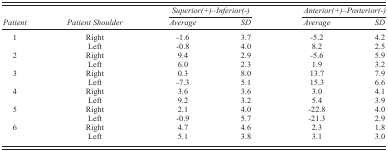
<table><thead><tr><td></td><td></td><td colspan="2"><b><i>Superior(+)–Inferior(‐)</i></b></td><td colspan="2"><b><i>Anterior(+)–Posterior(‐)</i></b></td></tr><tr><td><b><i>Patient</i></b></td><td><b><i>Patient Shoulder</i></b></td><td><b><i>Average</i></b></td><td><b><i>SD</i></b></td><td><b><i>Average</i></b></td><td><b><i>SD</i></b></td></tr></thead><tbody><tr><td>1</td><td>Right</td><td>‐1.6</td><td>3.7</td><td>‐5.2</td><td>4.2</td></tr><tr><td></td><td>Left</td><td>‐0.8</td><td>4.0</td><td>8.2</td><td>2.5</td></tr><tr><td>2</td><td>Right</td><td>9.4</td><td>2.9</td><td>‐5.6</td><td>5.9</td></tr><tr><td></td><td>Left</td><td>6.0</td><td>2.3</td><td>1.9</td><td>3.2</td></tr><tr><td>3</td><td>Right</td><td>0.3</td><td>8.0</td><td>13.7</td><td>7.9</td></tr><tr><td></td><td>Left</td><td>‐7.3</td><td>5.1</td><td>15.3</td><td>6.6</td></tr><tr><td>4</td><td>Right</td><td>3.6</td><td>3.6</td><td>3.0</td><td>4.1</td></tr><tr><td></td><td>Left</td><td>9.2</td><td>3.2</td><td>5.4</td><td>3.9</td></tr><tr><td>5</td><td>Right</td><td>2.1</td><td>4.0</td><td>‐22.8</td><td>4.0</td></tr><tr><td></td><td>Left</td><td>‐0.9</td><td>5.7</td><td>‐21.3</td><td>2.9</td></tr><tr><td>6</td><td>Right</td><td>4.7</td><td>4.6</td><td>2.3</td><td>1.8</td></tr><tr><td></td><td>Left</td><td>5.1</td><td>3.8</td><td>3.1</td><td>3.0</td></tr></tbody></table>